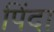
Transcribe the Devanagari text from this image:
पिंदा